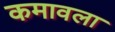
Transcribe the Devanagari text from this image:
कमावला